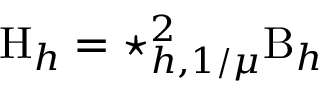
\mathrm { H } _ { h } = \star _ { h , 1 / \mu } ^ { 2 } \mathrm { B } _ { h }